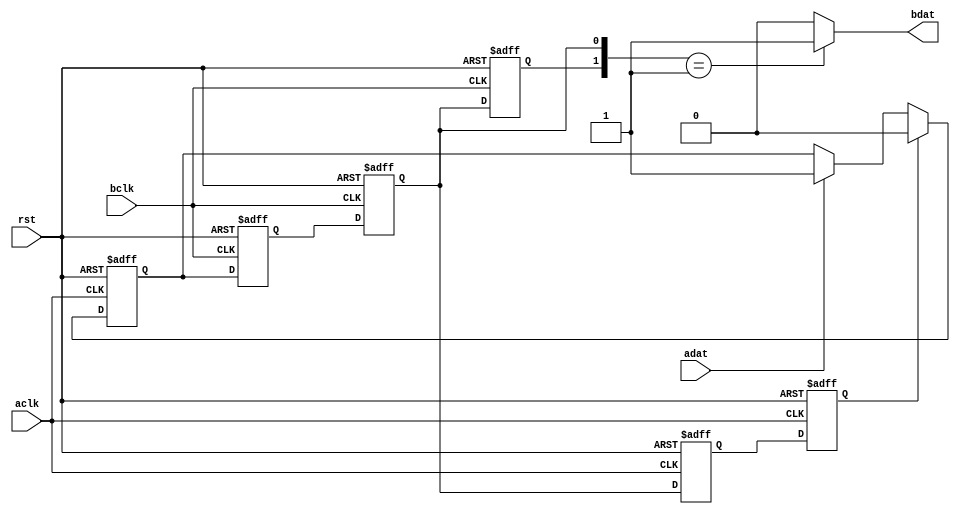
/*CSDN:SOC*/
/**/
module f2s_control(
    input       adat,
                rst,
                aclk,
                bclk,
    output  reg bdat
);
reg     adat1,
        bdat1,  bdat2,  bdat3,
        abdat1, abdat2;
//
always @(posedge bclk or negedge rst) begin
    if(~rst)
        {bdat2,bdat1}<=2'b00;
    else
        {bdat2,bdat1}<={bdat1,adat1};
end
//
always @(posedge aclk or negedge rst) begin
    if(~rst)
        {abdat2,abdat1}<=2'b00;
    else
        {abdat2,abdat1}<={abdat1,bdat2};
end
//:
always @(posedge bclk or negedge rst) begin
    if(~rst)
        bdat3<=1'b0;
    else
        bdat3<=bdat2;
end
always @(bdat3,bdat2) begin
    bdat<=({bdat3,bdat2}==2'b01)?1'b1:1'b0;
end

//
always @(posedge aclk or negedge rst) begin
    if(~rst)
        adat1<=1'b0;
    else    //adatabdat2
        if(abdat2)
            adat1<=1'b0;
        else
            if(adat)
                adat1<=1'b1;
end
endmodule